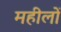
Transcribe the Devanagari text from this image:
महीलों